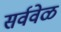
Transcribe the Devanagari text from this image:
सर्ववेळ